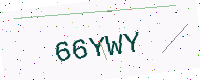
Text: 66YWY